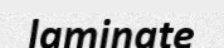
laminate